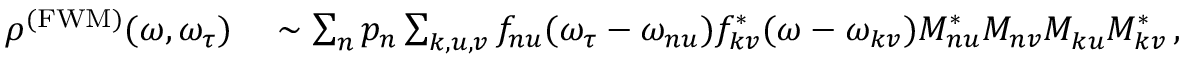
\begin{array} { r l } { \rho ^ { \mathrm { ( F W M ) } } ( \omega , \omega _ { \tau } ) } & { { } \sim \sum _ { n } p _ { n } \sum _ { k , u , v } f _ { n u } ( \omega _ { \tau } - \omega _ { n u } ) f _ { k v } ^ { * } ( \omega - \omega _ { k v } ) M _ { n u } ^ { * } M _ { n v } ^ { } M _ { k u } ^ { } M _ { k v } ^ { * } \, , } \end{array}